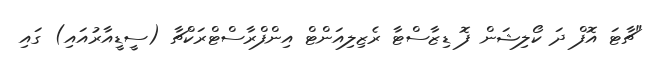
"ޗާޓަ އޮފް ދަ ކޯލިޝަން ފޮ ޑިޒާސްޓާ ރެޒިލިއަންޓް އިންފްރާސްޓްރަކްޗާ (ސީޑީއާރުއައި) ގައި